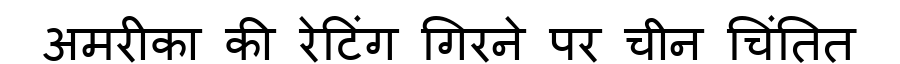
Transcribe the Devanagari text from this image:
अमरीका की रेटिंग गिरने पर चीन चिंतित